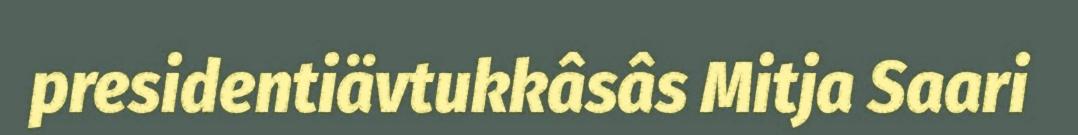
presidentiävtukkâsâs Mitja Saari